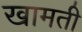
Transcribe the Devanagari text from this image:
खामती